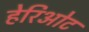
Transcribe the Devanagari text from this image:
हेरिओट